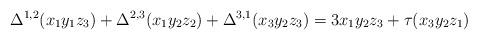
LaTeX: \begin{align*}\Delta^{1,2} (x_1y_1z_3) + \Delta^{2,3} (x_1 y_2 z_2) + \Delta^{3,1} (x_3 y_2 z_3) = 3 x_1y_2z_3 + \tau(x_3y_2z_1)\end{align*}